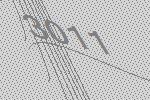
3011